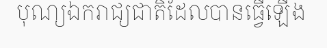
បុណ្យឯករាជ្យជាតិដែលបានធ្វើឡើង